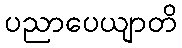
ပညာပေယျာတိ